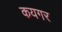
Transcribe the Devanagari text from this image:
कयगर